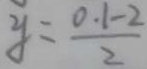
y = \frac { 0 . 1 - 2 } { 2 }